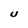
Character: U